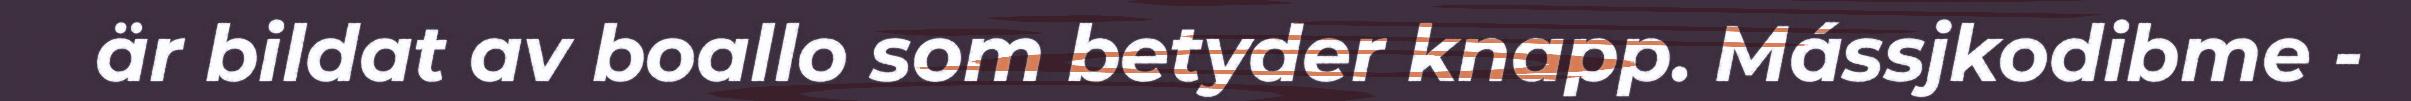
är bildat av boallo som betyder knapp. Mássjkodibme -